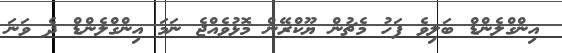
އިންގްލެންޑް ބަލިވެ ފަހު މެޗުން ޔޫކްރޭން މޮޅުވެއްޖެ ނަމަ އިންގްލެންޑް ދެ ވަނަ